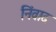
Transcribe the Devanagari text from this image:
निंवाद